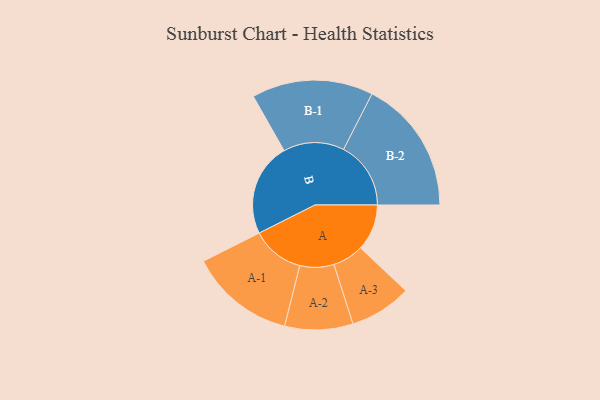
{"axis": {"x": "Segment", "y": "Value"}, "legend": ["", "A", "B"], "data": [{"x": "A", "y": 184, "type": ""}, {"x": "B", "y": 370, "type": ""}, {"x": "A-1", "y": 209, "type": "A"}, {"x": "A-2", "y": 135, "type": "A"}, {"x": "A-3", "y": 123, "type": "A"}, {"x": "B-1", "y": 241, "type": "B"}, {"x": "B-2", "y": 267, "type": "B"}]}